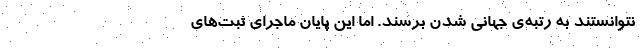
نتوانستند به رتبه‌ی جهانی شدن برسند. اما این پایان ماجرای ثبت‌های